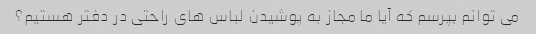
می توانم بپرسم که آیا ما مجاز به پوشیدن لباس های راحتی در دفتر هستیم؟